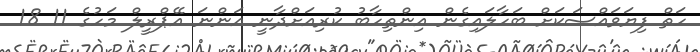
ހަތް ފިޔަވައްސަކަށް ބަހާލައިގެން އިންތިހާބު ކުރިއަށްދާނީ އަންނަ އޭޕްރީލް މަހުގެ 11 18